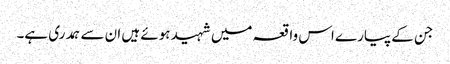
جن کے پیارے اس واقعہ میں شہید ہوئے ہیں ان سے ہمدری ہے۔